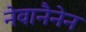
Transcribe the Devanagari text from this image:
नेवानैनेन